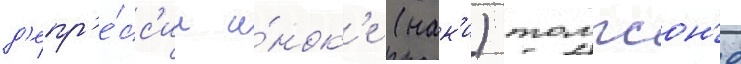
д'епр'е́сс'ии и́нок'е (нак'и) томпсон'е